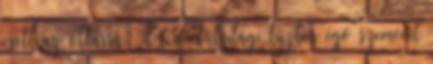
esett az oltárra. A férfi túlvilági tűzben égő szemével